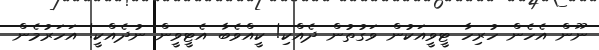
ނޫން އެހެން ހުރިހާ ޓީވީއަކުން ވަގުތުން ދެއްކި! ކީއްވެބާ އެޓީވީން ނުދެއްކީ! އަހަރުމެން